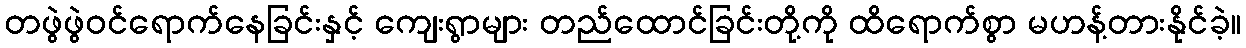
တဖွဲဖွဲဝင်ရောက်နေခြင်းနှင့် ကျေးရွာများ တည်ထောင်ခြင်းတို့ကို ထိရောက်စွာ မဟန့်တားနိုင်ခဲ့။